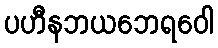
ပဟီနဘယဘေရဝေါ